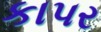
કાપર